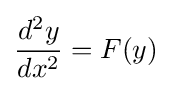
{\frac {d^{2}y}{dx^{2}}}=F(y)